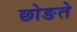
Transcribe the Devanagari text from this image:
छोङते